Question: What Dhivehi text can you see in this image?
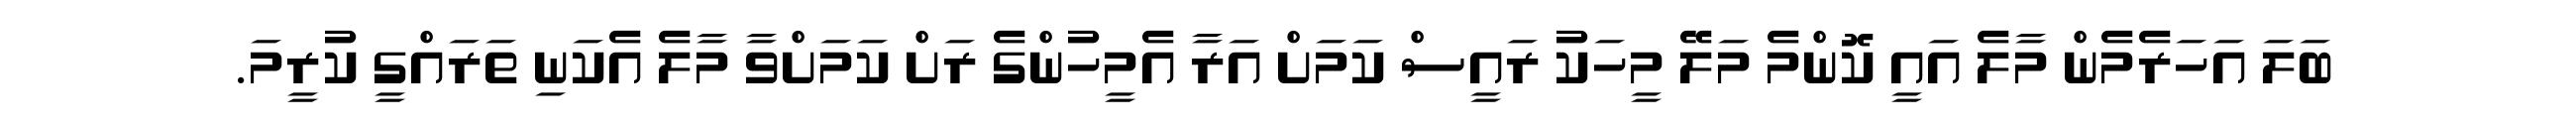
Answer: ބަލަ އަހަރެމެން މާލެ އައީ ކޮންމެ މަލޭ މީހަކު ރައީސް ކަމަށް އަރާ އެމީހުންގެ ރަށް ކަމަށްވާ މާލެ އެކަނި ތަރައްގީ ކުރީމަ.